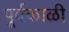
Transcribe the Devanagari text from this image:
पूर्वकाळी